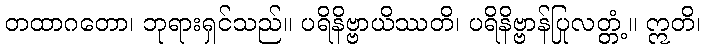
တထာဂတော၊ ဘုရားရှင်သည်။ ပရိနိဗ္ဗာယိဿတိ၊ ပရိနိဗ္ဗာန်ပြုလတ္တံ့။ ဣတိ၊